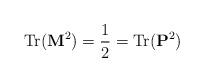
LaTeX: \begin{align*}{\rm Tr} ({\bf M}^2 ) = {1\over 2} = {\rm Tr} ({\bf P}^2 ) \\ \end{align*}